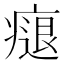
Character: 㾼